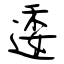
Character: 逶